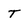
Character: T